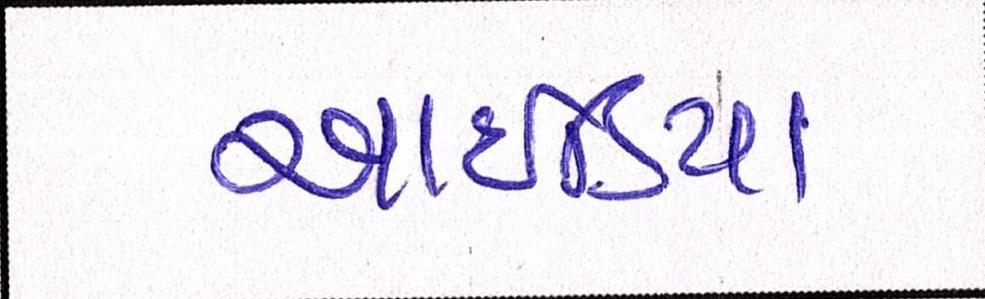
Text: આઇડિયા